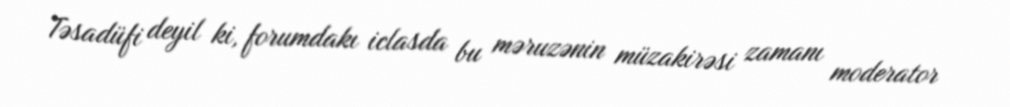
Təsadüfi deyil ki, forumdakı iclasda bu məruzənin müzakirəsi zamanı moderator